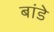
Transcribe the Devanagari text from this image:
बांडे